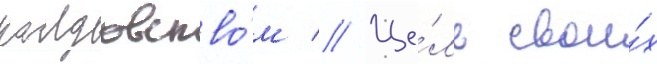
колдовство́м // Це́ль свои́х